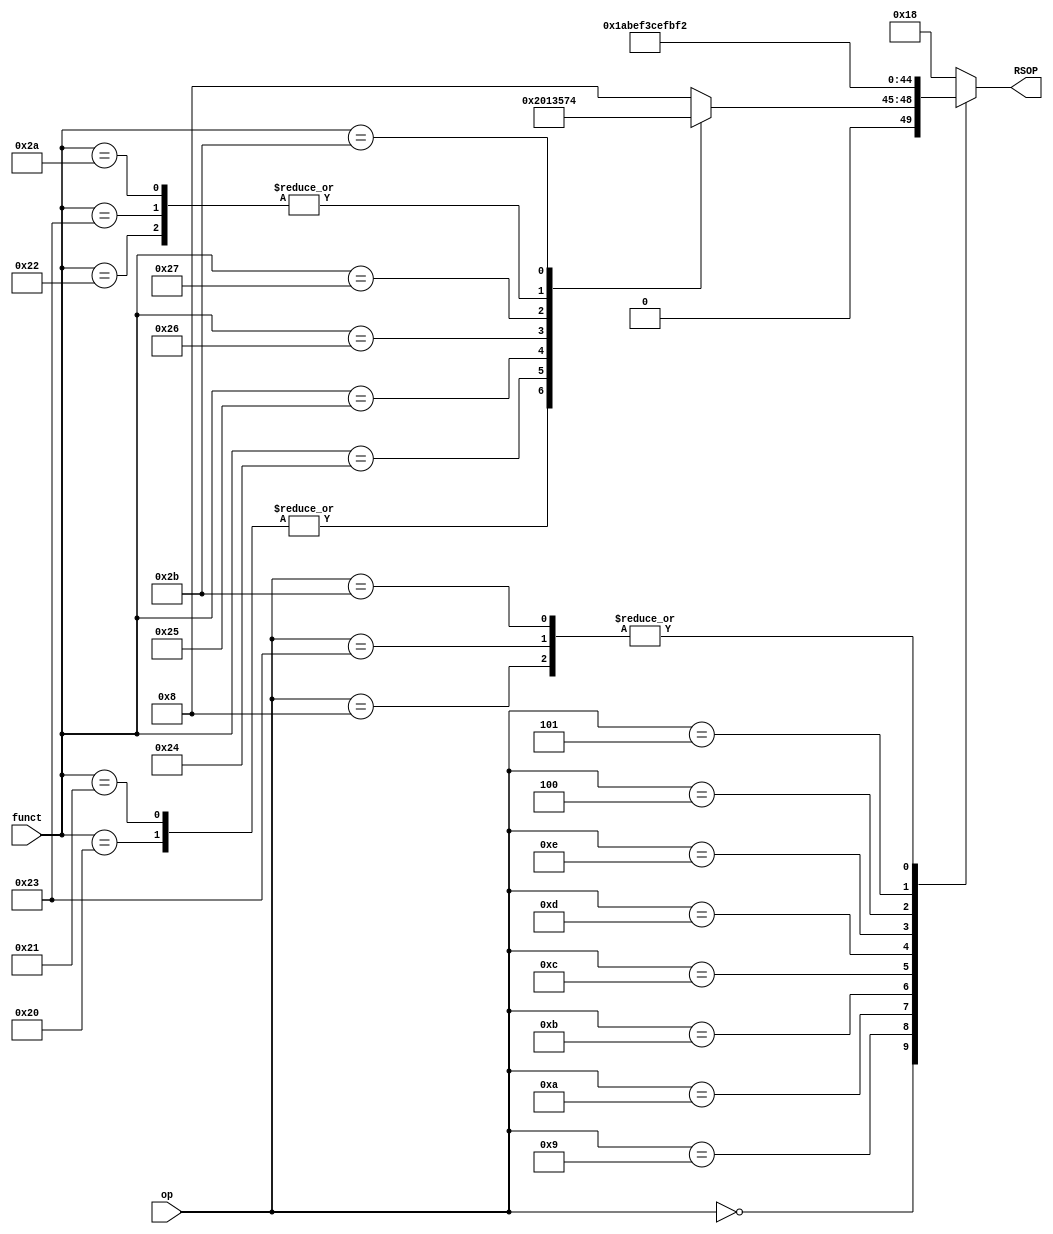
module CU(
input [5:0] op,
input [5:0] funct,
output reg[4:0]RSOP
);

    always@(*)
    begin        
       case (op)
		6'b000000: 
		begin  //R_format
			case(funct)
				6'b100000:begin //ADD
						RSOP=5'b00010;
				end
				6'b100001:begin //ADDU
						RSOP=5'b00010;                                   
				end
				6'b100010:begin //SUB
						RSOP=5'b00111;                               
				end
				6'b100011:begin //SUBU
						RSOP=5'b00111;                                  
				end
				6'b100100:begin //AND
						RSOP=5'b00000;                                      
				end
				6'b100101:begin //OR
						RSOP=5'b00001;                                    
				end
				6'b100110:begin //XOR
					RSOP=5'b00011;
				end
				6'b100111:begin //NOR
					RSOP=5'b00101;                                  
				end
				6'b101010:begin //SLT
					RSOP=5'b00111;                                  
				end
				6'b101011:begin //SLTU
					RSOP=5'b00100;      
					//$display("SLTU");
				end
				default: begin  //regWrite and memWrite ==0 and Branch
					RSOP=5'b01000;                              
				end
			endcase
		end
			
		6'b001000: begin  //ADDI
			RSOP=5'b10010;             
		end      
		6'b001001: begin  //ADDIU
			RSOP=5'b11010;                
		end
		6'b001010: begin  //SLTI
			RSOP=5'b10111;                   
		end     
		6'b001011: begin  //SLTIU
			RSOP=5'b11011;
		end     
		6'b001100: begin  //ANDI
			RSOP=5'b11001;
		end     
		6'b001101: begin  //ORI
			RSOP=5'b11100;
		end      
		6'b001110: begin  //XORI
			RSOP=5'b11101;
		end     
		6'b001111: begin  //LUI??????????????????????????????
			RSOP=5'b11000;
		end         
		6'b000100: begin  //BEQ		
			RSOP=5'b11110;		//--CHANGED FROM -
		end
		6'b000101: begin  //BNE
			RSOP=5'b11111;    //--CHANGED FROM -	
		//$display("BNE");
		end      
		6'b100011: begin  //LW????????????????
			RSOP=5'b10010;
		end
		6'b101011: begin  //SW?????????????????????
			RSOP=5'b10010;
		end                                                                                                                                                       
		default  : begin  //regWrite and memWrite ==0 and Branch
			RSOP=5'b11000;     
		end	
	
	
	
	endcase
	end
endmodule